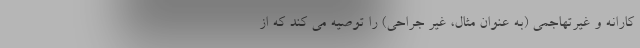
کارانه و غیرتهاجمی (به عنوان مثال، غیر جراحی) را توصیه می کند که از